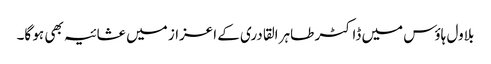
بلاول ہاؤس میں ڈاکٹر طاہر القادری کے اعزاز میں عشائیہ بھی ہو گا۔